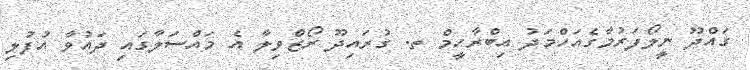
ގައްދޫ ނީލޯފަރުމާގެއަހްމަދު އިބްރާހީމް ތ. ގުރައިދޫ ރޯޒްވިލާ އެ މައްސަލާގައި ދައުވާ އުފުލި